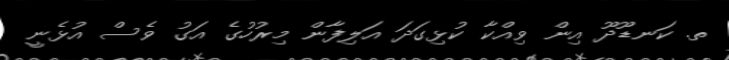
ތ. ކަނޑޫދޫ އިން ވިއްކާ ކުޅިގަދަ އަލިފާން މިރުހުގެ އަގު ވެސް އުޅެނީ